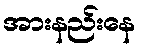
အားနည်းနေ